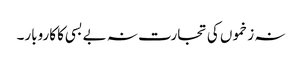
نہ زخموں کی تجارت نہ بے بسی کا کاروبار۔